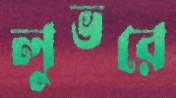
লুভরে